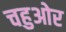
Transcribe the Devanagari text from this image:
चहुओर